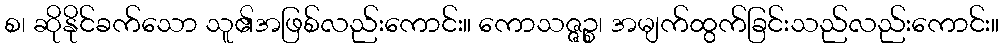
စ၊ ဆိုနိုင်ခက်သော သူ၏အဖြစ်လည်းကောင်း။ ကောသဇ္ဇဉ္စ၊ အမျက်ထွက်ခြင်းသည်လည်းကောင်း။